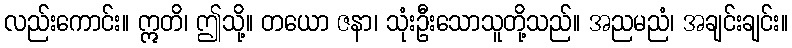
လည်းကောင်း။ ဣတိ၊ ဤသို့။ တယော ဇနာ၊ သုံးဦးသောသူတို့သည်။ အညမညံ၊ အချင်းချင်း။